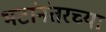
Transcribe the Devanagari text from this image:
भटांनंतरच्या